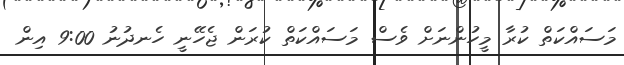
މަސައްކަތް ކުރާ މީހުންނަށް ވެސް މަސައްކަތް ކުރަން ޖެހޭނީ ހެނދުނު 9:00 އިން